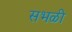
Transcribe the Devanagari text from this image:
सभळी